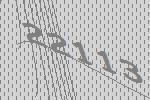
22113